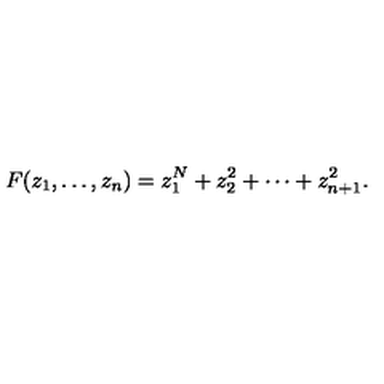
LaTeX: F ( z _ { 1 } , \ldots , z _ { n } ) = z _ { 1 } ^ { N } + z _ { 2 } ^ { 2 } + \cdots + z _ { n + 1 } ^ { 2 } .